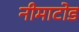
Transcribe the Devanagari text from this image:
नीमाटोड